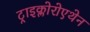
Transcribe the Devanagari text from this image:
ट्राइक्लोरोएथेन